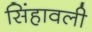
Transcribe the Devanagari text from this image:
सिंहावली